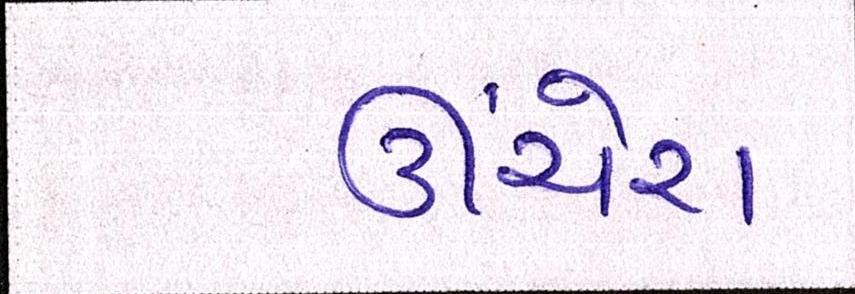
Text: ઊંચેરા